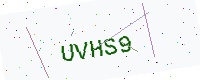
Text: UVHS9